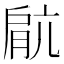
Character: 𫆥